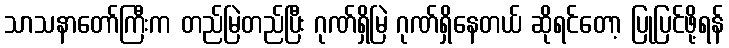
သာသနာတော်ကြီးက တည်မြဲတည်ပြီး ဂုဏ်ရှိမြဲ ဂုဏ်ရှိနေတယ် ဆိုရင်တော့ ပြုပြင်ဖို့ရန်